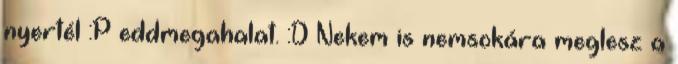
nyertél :P eddmegahalat. :D Nekem is nemsokára meglesz a